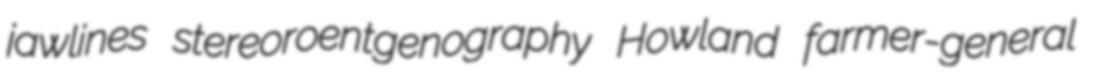
jawlines stereoroentgenography Howland farmer-general